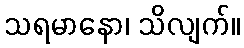
သရမာနော၊ သိလျက်။